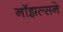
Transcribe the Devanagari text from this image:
नॉझल्सने